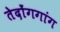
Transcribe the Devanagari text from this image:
तेदोंगगांग